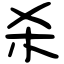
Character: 杀